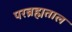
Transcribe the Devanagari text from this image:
परब्रह्मताल